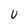
Character: U